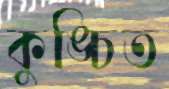
কুঙ্চিত